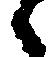
之